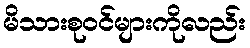
မိသားစုဝင်များကိုလည်း